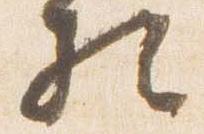
相